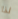
لذا